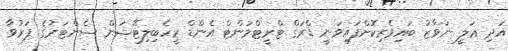
އަދި ޢަލީ ނަވާޒު ބައިވެރިކޮށްފައިވަނީ ޑްރަގް ޓްރީޓްމަންޓް އެންޑް ރީހެބިލިޓޭޝަން ސެންޓަރުގެ ފަރުވާ